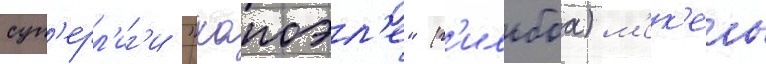
суп'ерл'иг'и "хапоэл'е" (г'ильбоа) м'ек'ель